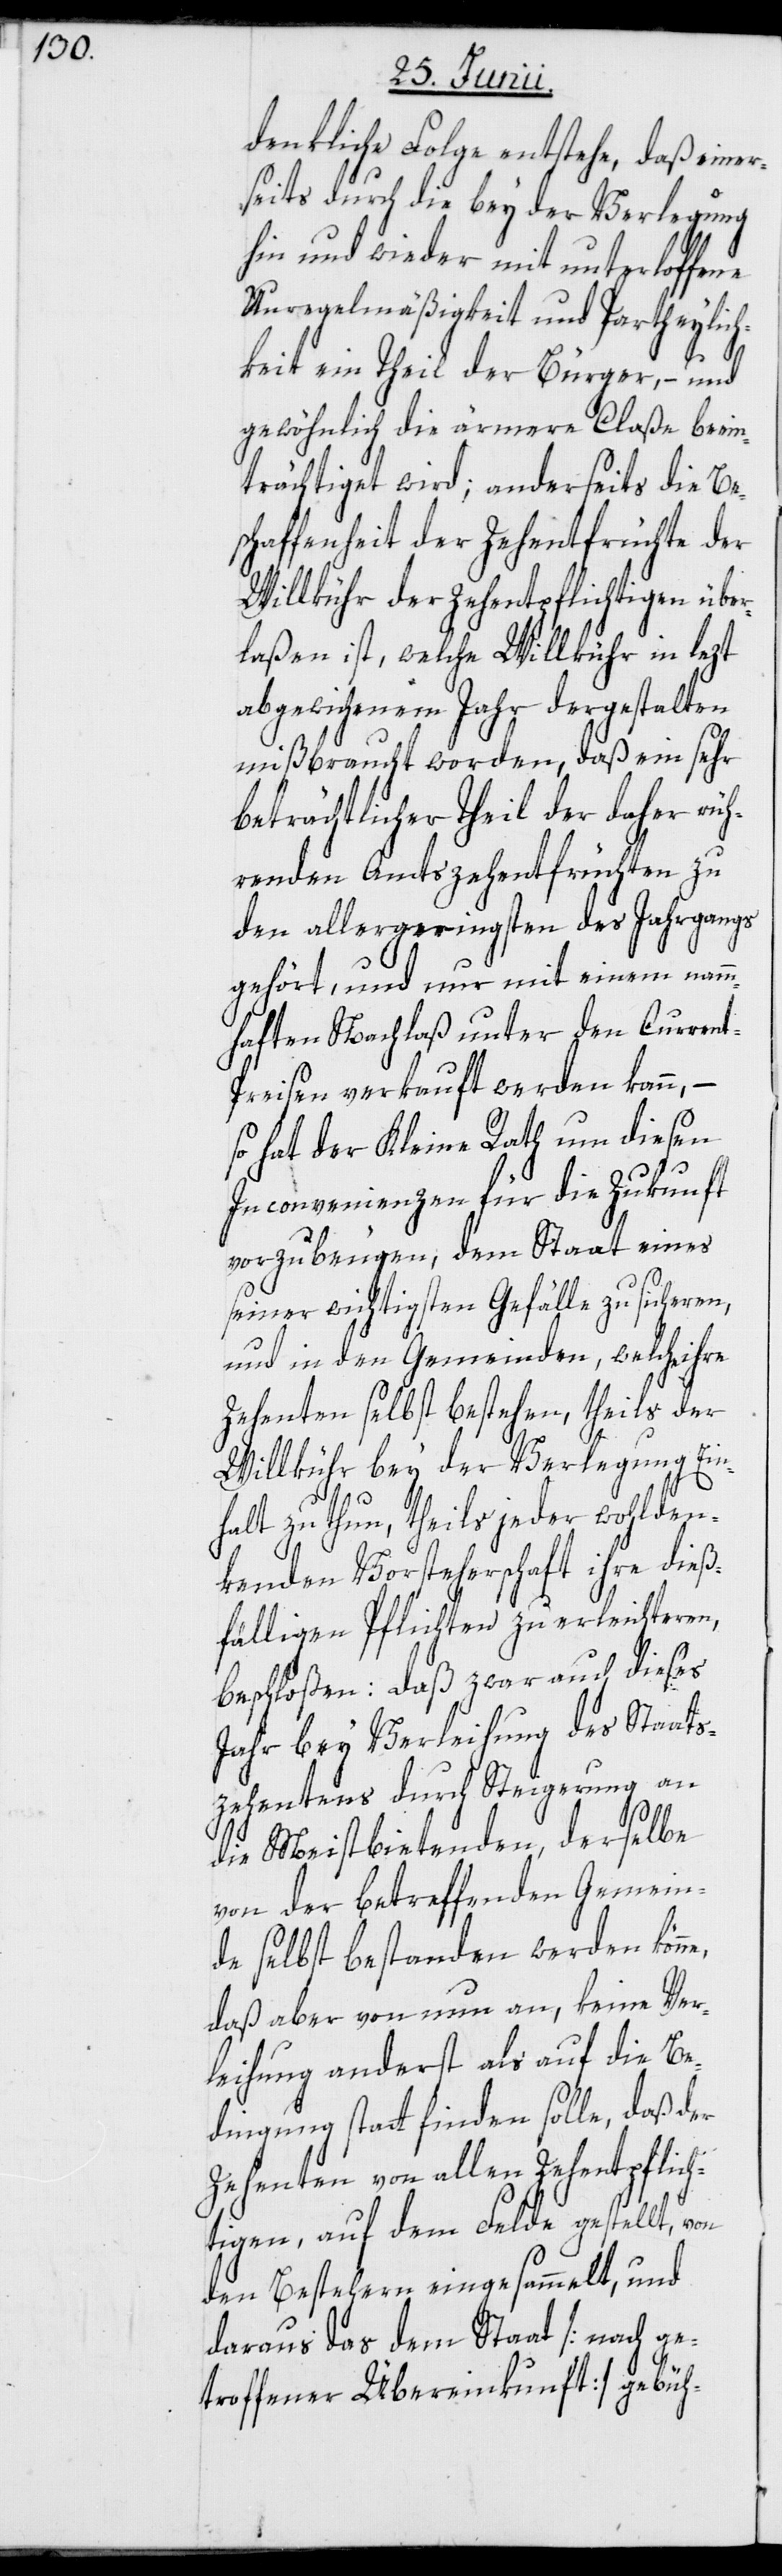
denkliche Folge entstehe, daß einer¬
seits durch die bey der Verlegung
hin und wieder mit unterloffene
Unregelmäßigkeit und Partheylich¬
e,
keit ein Theil der Bürger, – und
gewöhnlich die ärmere Claße beein¬
trächtiget wird; anderseits die Be¬
schaffenheit der Zehentfrüchte der
Willkühr der Zehentpflichtigen über¬
laßen ist, welche Willkühr in lezt
abgewichenem Jahr dergestalten
mißbraucht worden, daß ein sehr
beträchtlicher Theil der daher rüh¬
renden Amtszehentfrüchten zu
den allergeringsten des Jahrgangs
gehört, und nur mit einem namm¬
haften Nachlaß unter den Current-P¬
reisen verkauft werden kann,
so hat der Kleine Rath um diesen
Inconvenienzen für die Zukunft
vorzubeugen, dem Staat eines
seiner wichtigsten Gefälle zu sicheren,
und in den Gemeinden, welche ihre
Zehenten selbst bestehen, theils der
Willkühr bey der Verlegung Ein¬
halt zu thun, theils jeder wohlden¬
kenden Vorsteherschaft ihre dieß¬
fälligen Pflichten zu erleichteren,
beschloßen: Daß zwar auch dieses
Jahr bey Verleihung des Staats¬
zehentens durch Steigerung an
die Meistbietenden, derselbe
von der betreffenden Gemein¬
de selbst bestanden werden könn¬
daß aber von nun an, keine Ver¬
leihung anderst als auf die Be¬
dingung statt finden solle, daß der
Zehenten von allen Zehentpflich¬
tigen, auf dem Felde gestellt, von
den Bestehern eingesammelt, und
daraus das dem Staat [nach ge¬
troffener Übereinkunft] gebüh-